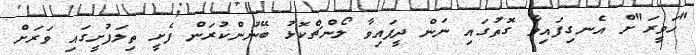
"ހަވީރަ"ށް އެނގިފައިވާ ގޮތުގައި ނަން ދީފައިވާ ލޯންޗްކޮޅު ބޭނުންކުރަން ފެށީ ތިލަފުށީގައި ވަރަށް